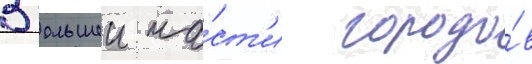
В большеи ча́ст'и городо́в